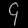
Digit: ၄